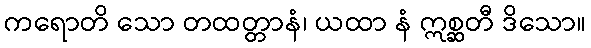
ကရောတိ သော တထတ္တာနံ၊ ယထာ နံ ဣစ္ဆတီ ဒိသော။